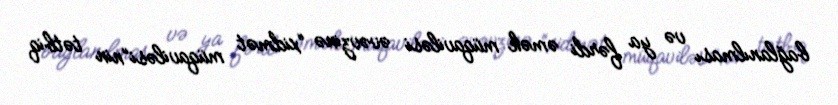
bağlanılması və ya fərdi əmək müqaviləsi əvəvzinə “xidmət müqaviləsi”nin tətbiq